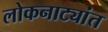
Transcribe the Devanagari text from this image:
लोकनाट्यांत